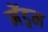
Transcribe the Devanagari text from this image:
मेंड्रम